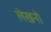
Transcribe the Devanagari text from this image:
लेखनो